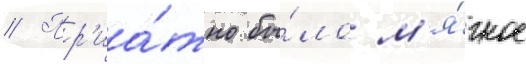
// Пр'иа́тно бы́ло м'я́гкое